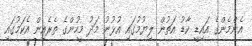
އެންމެންގެ އައިޑީ ކާޑު އަތުން ލިޔުމުގައި އުޅުނު މަދު މީހުންގެ ތެރެއިން އެކަމުގައި